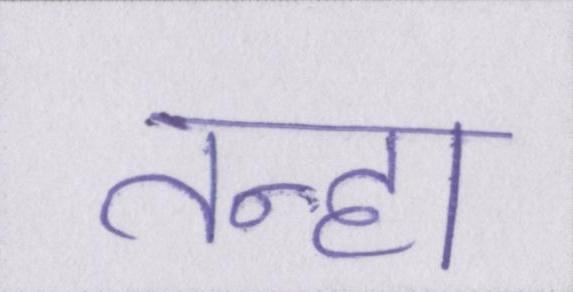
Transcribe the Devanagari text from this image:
तन्हा